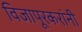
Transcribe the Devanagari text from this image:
विजापूरकरांनी